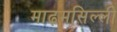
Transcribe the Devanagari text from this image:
माढ़मसिल्ली